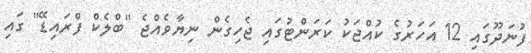
ފުނަދޫގައި 12 އަހަރުގެ ކުއްޖަކު ކަރަންޓުގައި ޖެހިގެން ނިޔާވެއްޖެ "ބްލެކް ފްރައިޑޭ" ގައި